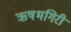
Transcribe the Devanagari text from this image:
ऋषभगिरी